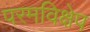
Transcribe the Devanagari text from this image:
परमविक्षेप